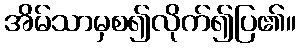
အိမ်သာမှစ၍လိုက်၍ပြ၏။